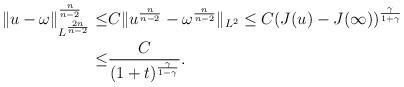
LaTeX: \begin{align*}\Vert u-\omega\Vert_{L^{\frac{2n}{n-2}}}^{\frac{n}{n-2}}\leq &C\Vert u^{\frac{n}{n-2}}-\omega^{\frac{n}{n-2}}\Vert_{L^{2}}\leq C(J(u)-J(\infty))^{\frac{\gamma}{1+\gamma}}\\\leq &\frac{C}{(1+t)^{\frac{\gamma}{1-\gamma}}}.\end{align*}